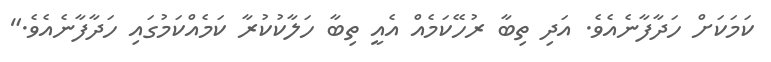
ކަމަކަށް ހަދާފާނެއެވެ. އަދި ތިބާ ރުހޭކަމެއް އެއީ ތިބާ ހަލާކުކުރާ ކަމެއްކަމުގައި ހަދާފާނެއެވެ."